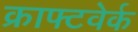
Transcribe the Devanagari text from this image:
क्राफ्टवेर्क